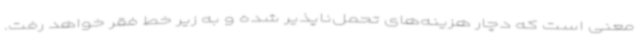
معنی است که دچار هزینه‌های تحمل‌ناپذیر شده و به زیر خط فقر خواهد رفت.